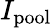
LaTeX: I_{\mathrm{pool}}